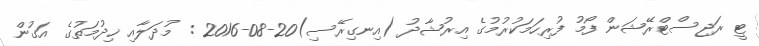
ޓީ ރަޖިސްޓްރޭޝަން ފޯމު ފުރިހަމަކުރުމުގެ އިރުޝާދު (އިނގިރޭސި)20-08-2016 : މުދަލާއި ޚިދުމަތުގެ އަގުން